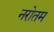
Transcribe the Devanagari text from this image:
नरोतम